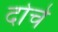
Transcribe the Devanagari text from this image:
दोचे